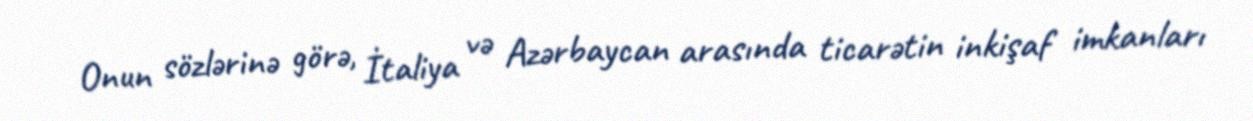
Onun sözlərinə görə, İtaliya və Azərbaycan arasında ticarətin inkişaf imkanları